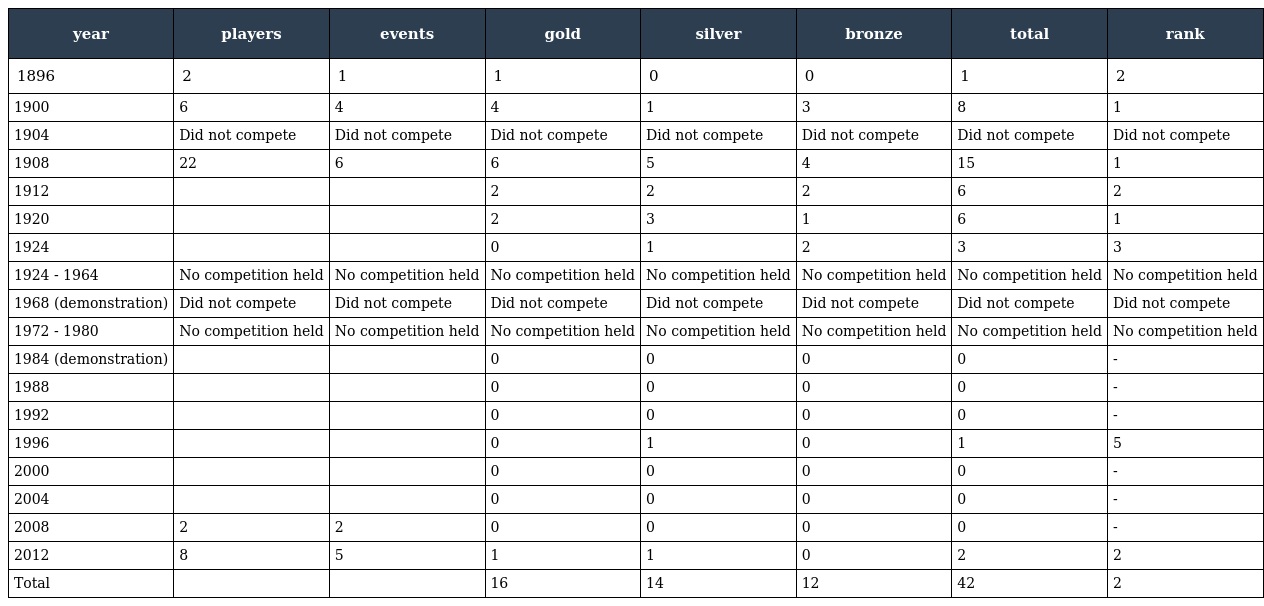
| year | players | events | gold | silver | bronze | total | rank |
 | --- | --- | --- | --- | --- | --- | --- | --- |
 | 1896 | 2 | 1 | 1 | 0 | 0 | 1 | 2 |
 | 1900 | 6 | 4 | 4 | 1 | 3 | 8 | 1 |
 | 1904 | Did not compete | Did not compete | Did not compete | Did not compete | Did not compete | Did not compete | Did not compete |
 | 1908 | 22 | 6 | 6 | 5 | 4 | 15 | 1 |
 | 1912 |  |  | 2 | 2 | 2 | 6 | 2 |
 | 1920 |  |  | 2 | 3 | 1 | 6 | 1 |
 | 1924 |  |  | 0 | 1 | 2 | 3 | 3 |
 | 1924 - 1964 | No competition held | No competition held | No competition held | No competition held | No competition held | No competition held | No competition held |
 | 1968 (demonstration) | Did not compete | Did not compete | Did not compete | Did not compete | Did not compete | Did not compete | Did not compete |
 | 1972 - 1980 | No competition held | No competition held | No competition held | No competition held | No competition held | No competition held | No competition held |
 | 1984 (demonstration) |  |  | 0 | 0 | 0 | 0 | - |
 | 1988 |  |  | 0 | 0 | 0 | 0 | - |
 | 1992 |  |  | 0 | 0 | 0 | 0 | - |
 | 1996 |  |  | 0 | 1 | 0 | 1 | 5 |
 | 2000 |  |  | 0 | 0 | 0 | 0 | - |
 | 2004 |  |  | 0 | 0 | 0 | 0 | - |
 | 2008 | 2 | 2 | 0 | 0 | 0 | 0 | - |
 | 2012 | 8 | 5 | 1 | 1 | 0 | 2 | 2 |
 | Total |  |  | 16 | 14 | 12 | 42 | 2 |